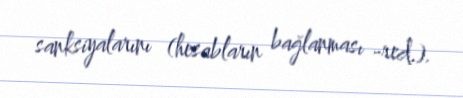
sanksiyalarını (hesabların bağlanması -red.).